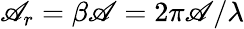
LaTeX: \mathscr{A}_{r}=\beta\mathscr{A}=2\pi\mathscr{A}/\lambda